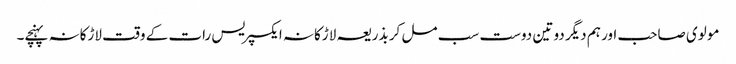
مولوی صاحب اور ہم دیگر دو تین دوست سب مل کر بذریعہ لاڑکانہ ایکسپریس رات کے وقت لاڑکانہ پہنچے۔